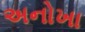
અનોખા